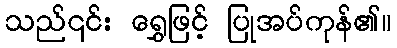
သည်၎င်း ရွှေဖြင့် ပြုအပ်ကုန်၏။